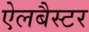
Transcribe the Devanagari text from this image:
ऐलबैस्टर